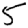
Digit: 5